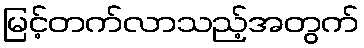
မြင့်တက်လာသည့်အတွက်